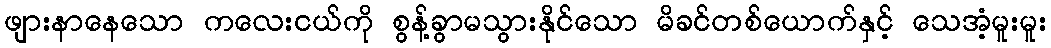
ဖျားနာနေသော ကလေးငယ်ကို စွန့်ခွာမသွားနိုင်သော မိခင်တစ်ယောက်နှင့် သေအံ့မူးမူး